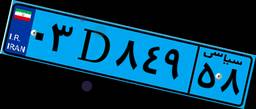
۴۵D۶۲۹۵۶